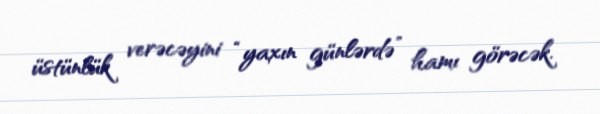
üstünlük verəcəyini “yaxın günlərdə” hamı görəcək.